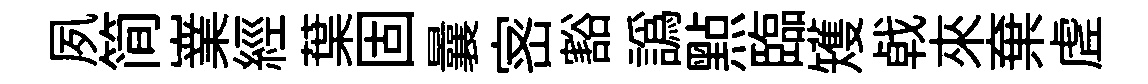
夙简嶪經葉固曩宻豁譌㸃臨矱㦸來棄虗